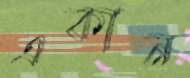
একান